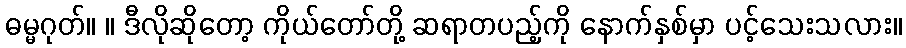
ဓမ္မဂုတ်။ ။ ဒီလိုဆိုတော့ ကိုယ်တော်တို့ ဆရာတပည့်ကို နောက်နှစ်မှာ ပင့်သေးသလား။